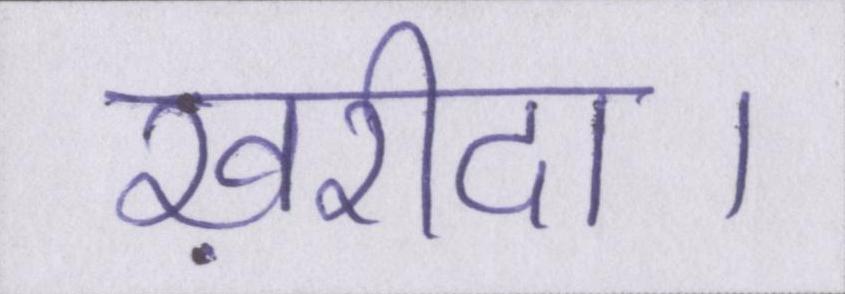
ख़रीदा।